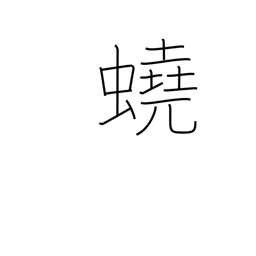
Meaning: intestinal worm